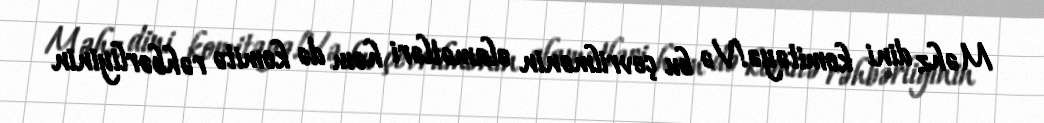
Məhz dini komitəyə!Və bu çevrilmənin əlamətləri həm də komitə rəhbərliyinin